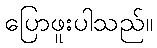
ပြောဖူးပါသည်။